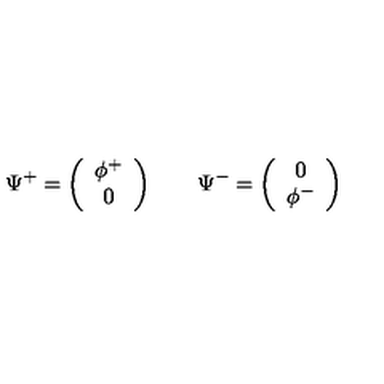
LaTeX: \Psi ^ { + } = \left( \begin{array} { c } { \phi ^ { + } } \\ { 0 } \\ \end{array} \right) \qquad \Psi ^ { - } = \left( \begin{array} { c } { 0 } \\ { \phi ^ { - } } \\ \end{array} \right)